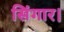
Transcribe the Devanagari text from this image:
सिंगार।